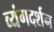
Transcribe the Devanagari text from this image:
व्यंगदर्शन